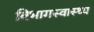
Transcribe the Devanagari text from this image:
विभागस्वास्थ्य